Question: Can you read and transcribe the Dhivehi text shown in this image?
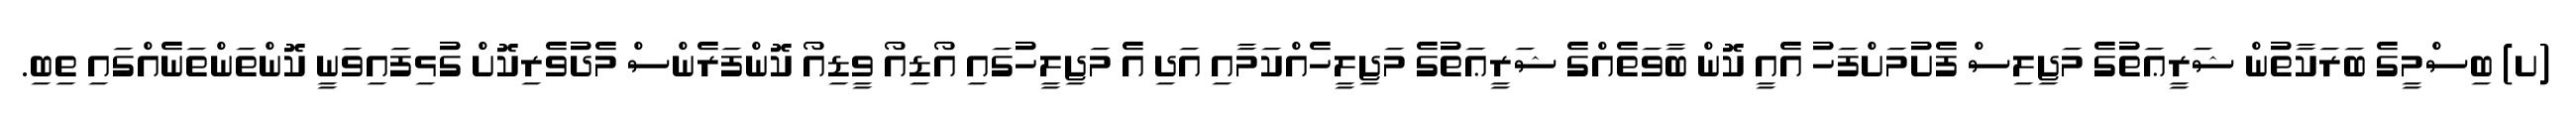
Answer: (ށ) ބިސްމީގެ ބަރަކާތުން ޝަރީޢަތުގެ މަޖިލިސް ފެށުމަށްފަހު އެއީ ކޮން ބާވަތެއްގެ ޝަރީޢަތުގެ މަޖިލީހެއްކަމާއި އަދި އެ މަޖިލީހުގައި އޯޑިއޯ ވީޑިއޯ ކޮންފަރެންސް މެދުވެރިކޮށް ގުޅިފައިވަނީ ކޮންތަންތަނެއްގައި ތިބި.